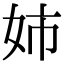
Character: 姉